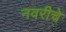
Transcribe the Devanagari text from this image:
नवरीचे